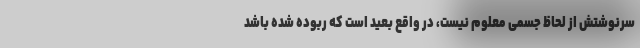
سرنوشتش از لحاظ جسمی معلوم نیست، در واقع بعید است که ربوده شده باشد